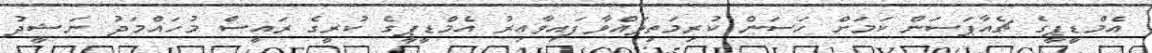
އެމްޑީޕީގެ ޗެއާޕަސަން ކަމަށް ހަސަން ކުރިމަތިލައްވާފައިވާއިރު އެމްޑީޕީގެ ކުރީގެ ރައީސް މުހައްމަދު ނަޝީދު